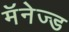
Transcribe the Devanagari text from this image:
मॅनेज्ड